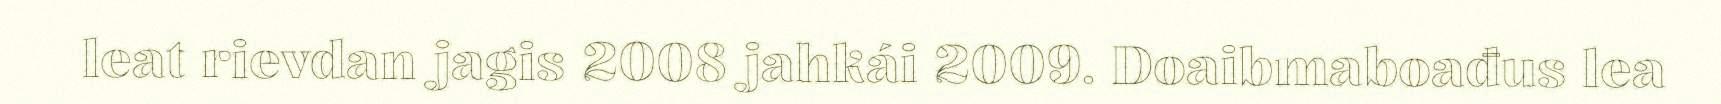
leat rievdan jagis 2008 jahkái 2009. Doaibmaboađus lea